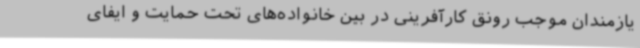
یازمندان موجب رونق کارآفرینی در بین خانواده‌های تحت حمایت و ایفای